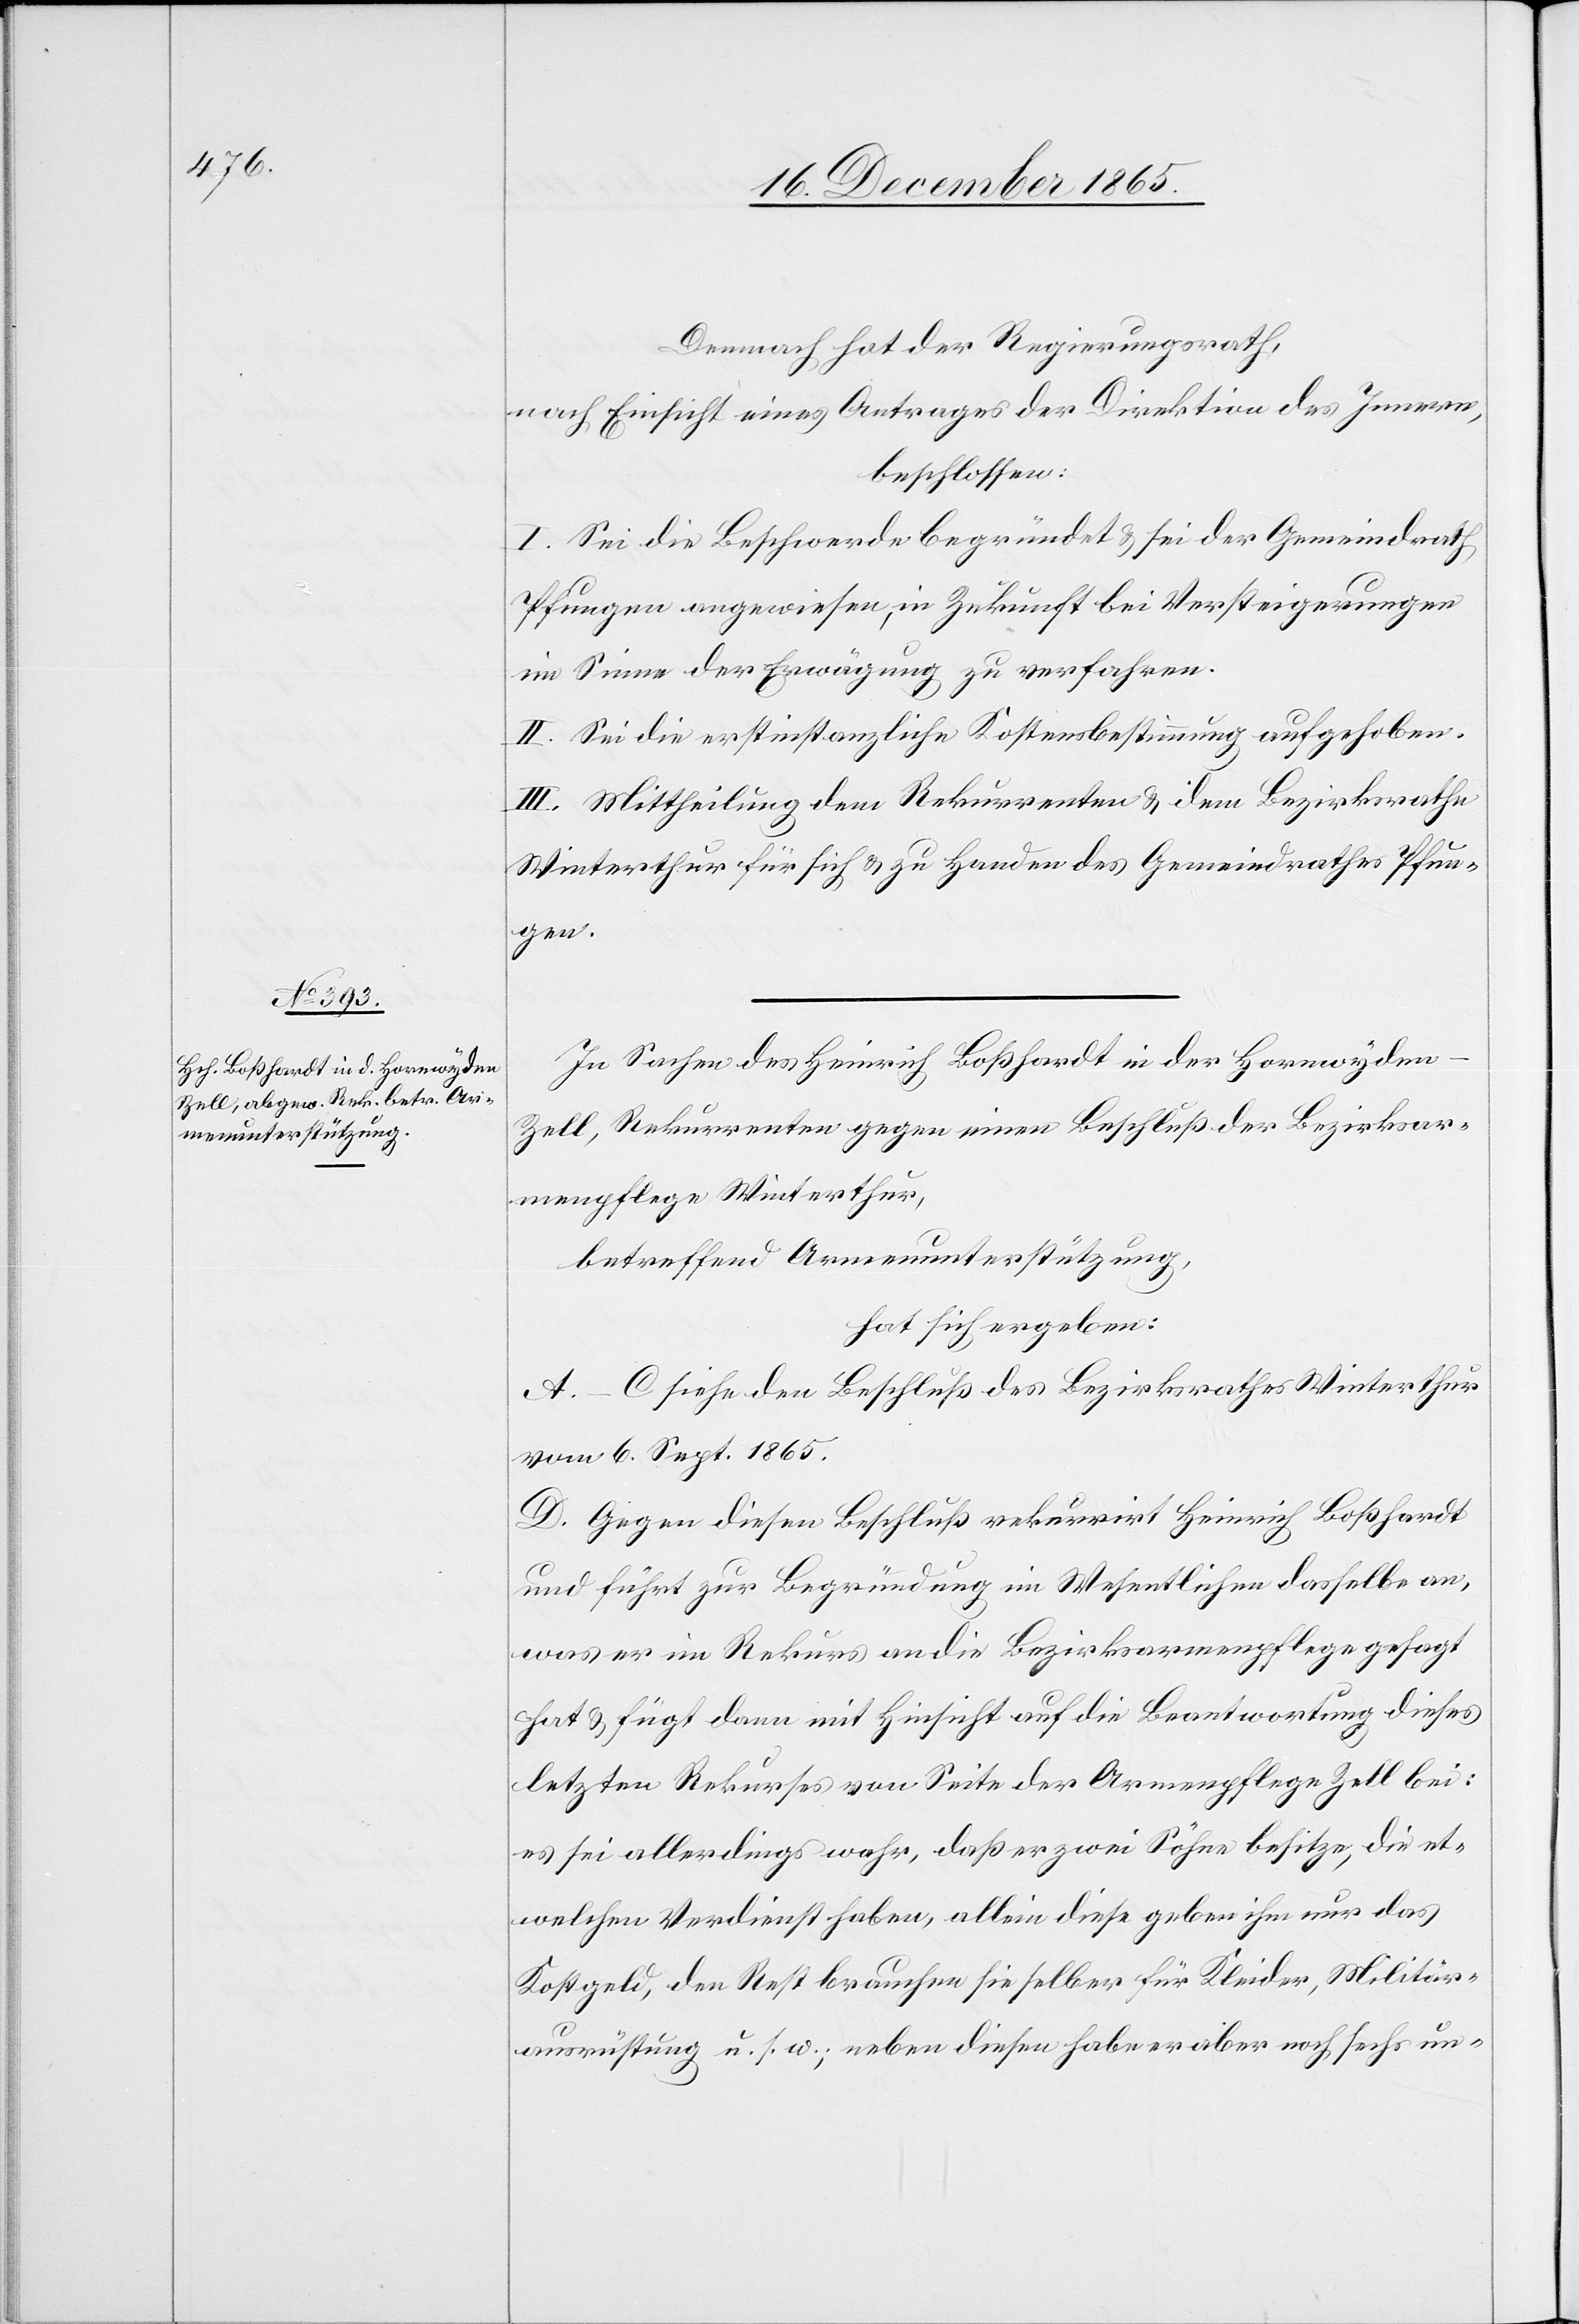
In Sachen des Heinrich Boßhardt in der Hornwyden
Zell, Rekurrenten gegen einen Beschluß der Bezirksar¬
menpflege Winterthur,
betreffend Armenunterstützung,
hat sich ergeben:
A–C siehe den Beschluß des Bezirksrathes Winterthur
vom 6. Sept. 1865.
D. Gegen diesen Beschluß rekurrirt Heinrich Boßhardt
und führt zur Begründung im Wesentlichen dasselbe an,
was er im Rekurs an die Bezirksarmenpflege gesagt
hat & fügt dann mit Hinsicht auf die Beantwortung dieses
letzten Rekurses von Seite der Armenpflege Zell bei:
es sei allerdings wahr, daß er zwei Söhne besitze, die et¬
welchen Verdienst haben, allein diese geben ihm nur das
Kostgeld, den Rest brauchen sie selber für Kleider, Militär¬
ausrüstung u. s. w.; neben diesen habe er aber noch sechs un-